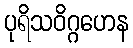
ပုရိသဝိဂ္ဂဟေန